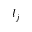
l _ { j }